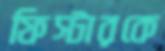
ফিস্টারকে